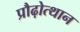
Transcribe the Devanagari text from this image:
प्रौढ़ोत्थान